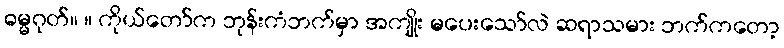
ဓမ္မဂုတ်။ ။ ကိုယ်တော်က ဘုန်းကံဘက်မှာ အကျိုး မပေးသော်လဲ ဆရာသမား ဘက်ကတော့